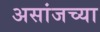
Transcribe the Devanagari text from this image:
असांजच्या